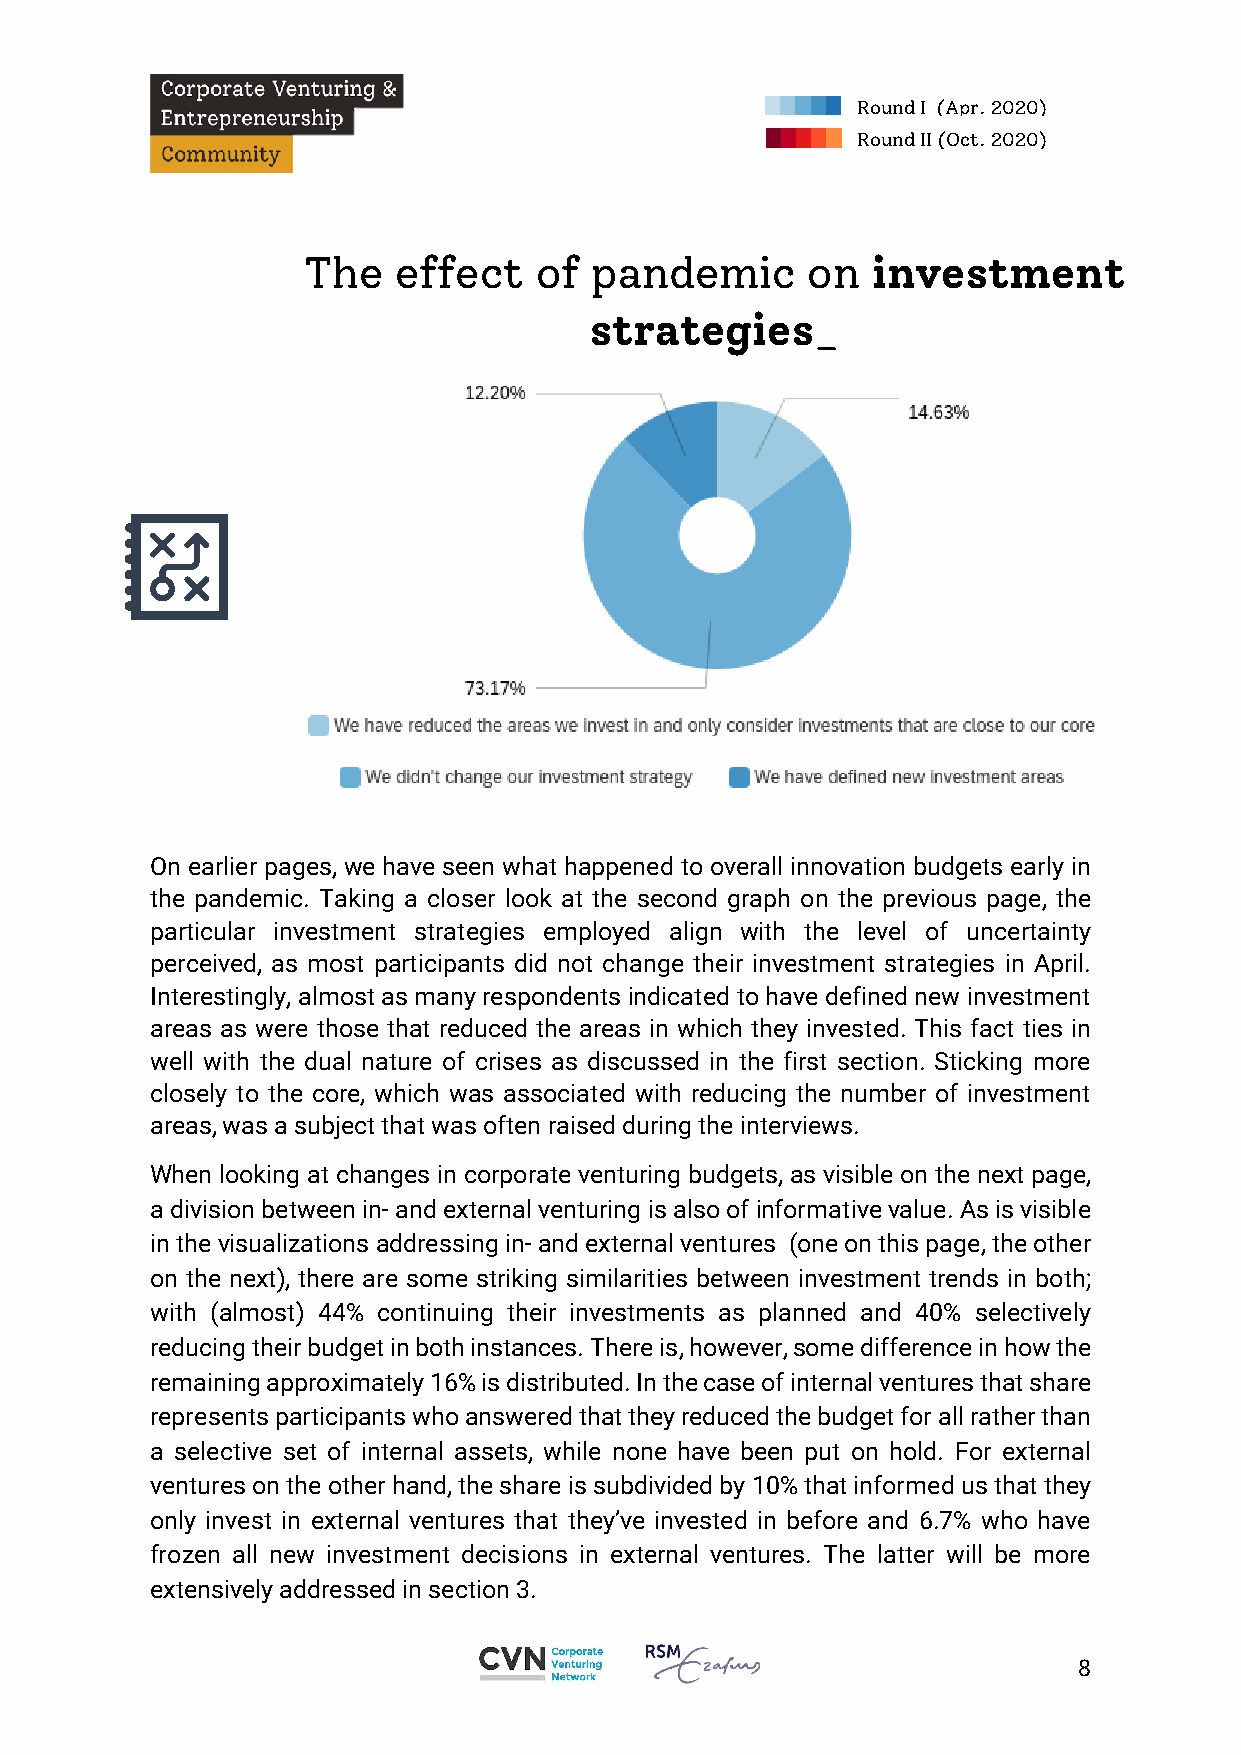
Round I (Apr. 2020)
 Round II (Oct. 2020)
 The   effect   of  pandemic      on   investment
 strategies_
 On earlier pages, we have seen what happened to overall innovation budgets early in
 the pandemic. Taking a closer look at the second graph on the previous page, the
 particular investment strategies employed align with the level of uncertainty
 perceived, as most participants did not change their investment strategies in April.
 Interestingly, almost as many respondents indicated to have defined new investment
 areas as were those that reduced the areas in which they invested. This fact ties in
 well with the dual nature of crises as discussed in the first section. Sticking more
 closely to the core, which was associated with reducing the number of investment
 areas, was a subject that was often raised during the interviews.
 When looking at changes in corporate venturing budgets, as visible on the next page,
 a division between in- and external venturing is also of informative value. As is visible
 in the visualizations addressing in- and external ventures (one on this page, the other
 on the next), there are some striking similarities between investment trends in both;
 with (almost) 44% continuing their investments as planned and 40% selectively
 reducing their budget in both instances. There is, however, some difference in how the
 remaining approximately 16% is distributed. In the case of internal ventures that share
 represents participants who answered that they reduced the budget for all rather than
 a selective set of internal assets, while none have been put on hold. For external
 ventures on the other hand, the share is subdivided by 10% that informed us that they
 only invest in external ventures that they’ve invested in before and 6.7% who have
 frozen all new investment decisions in external ventures. The latter will be more
 extensively addressed in section 3.
 8